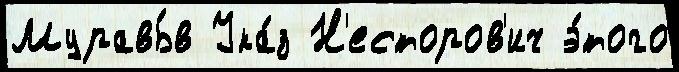
Муравь́в Ука́з Н'есторов'ич э́того